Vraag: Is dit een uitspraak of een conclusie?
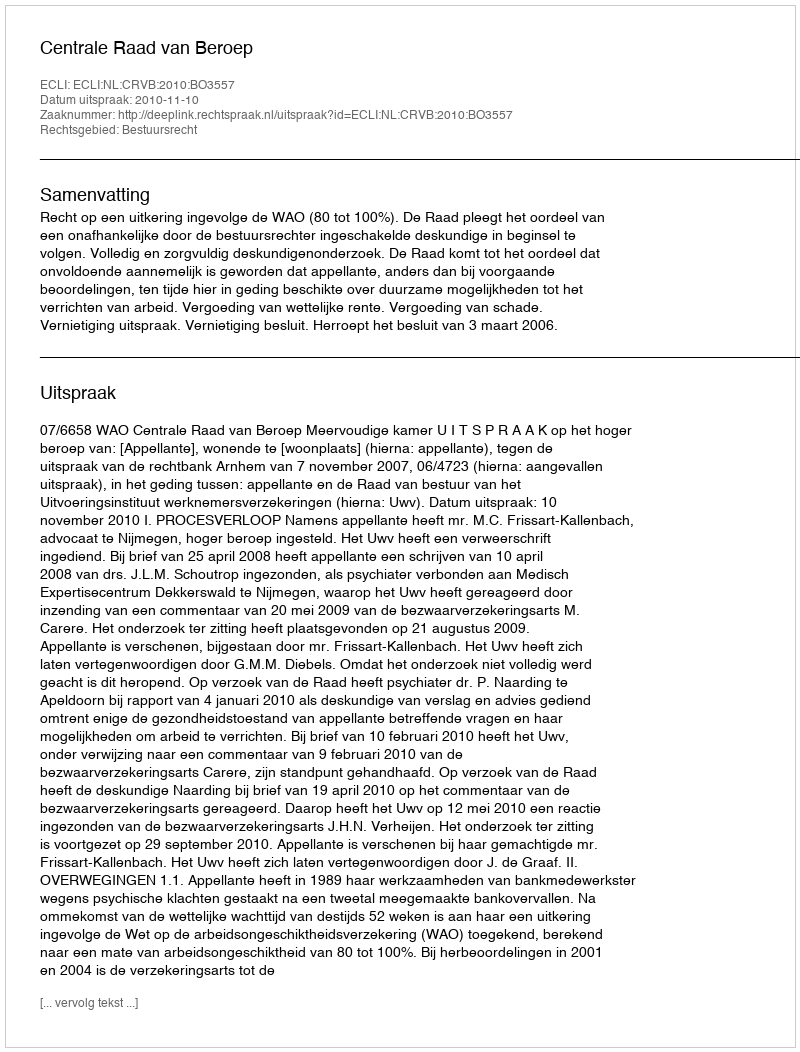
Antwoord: Uitspraak